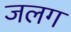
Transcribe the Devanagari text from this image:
जलग